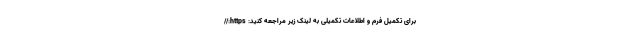
برای تکمیل فرم و اطلاعات تکمیلی به لینک زیر مراجعه کنید: https://